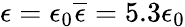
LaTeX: \epsilon=\epsilon_{0}\overline{{\epsilon}}=5.3\epsilon_{0}